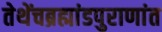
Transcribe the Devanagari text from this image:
तेथेंचब्रह्मांडपुराणांत